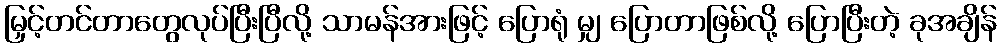
မြှင့်တင်တာတွေလုပ်ပြီးပြီလို့ သာမန်အားဖြင့် ပြောရုံ မျှ ပြောတာဖြစ်လို့ ပြောပြီးတဲ့ ခုအချိန်